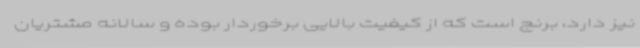
نیز دارد، برنج است که از کیفیت بالایی برخوردار بوده و سالانه مشتریان